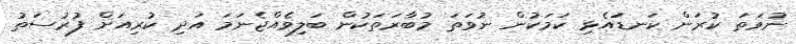
ނުވަތަ ކުރަން ކަނޑައެޅި ކަމަކުން ނުވަތަ މުބާރަތަކުން ބަލިވެއްޖެނަމަ އަދި ކުރިއަށް ފުރުސަތު